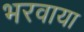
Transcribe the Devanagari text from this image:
भरवाया